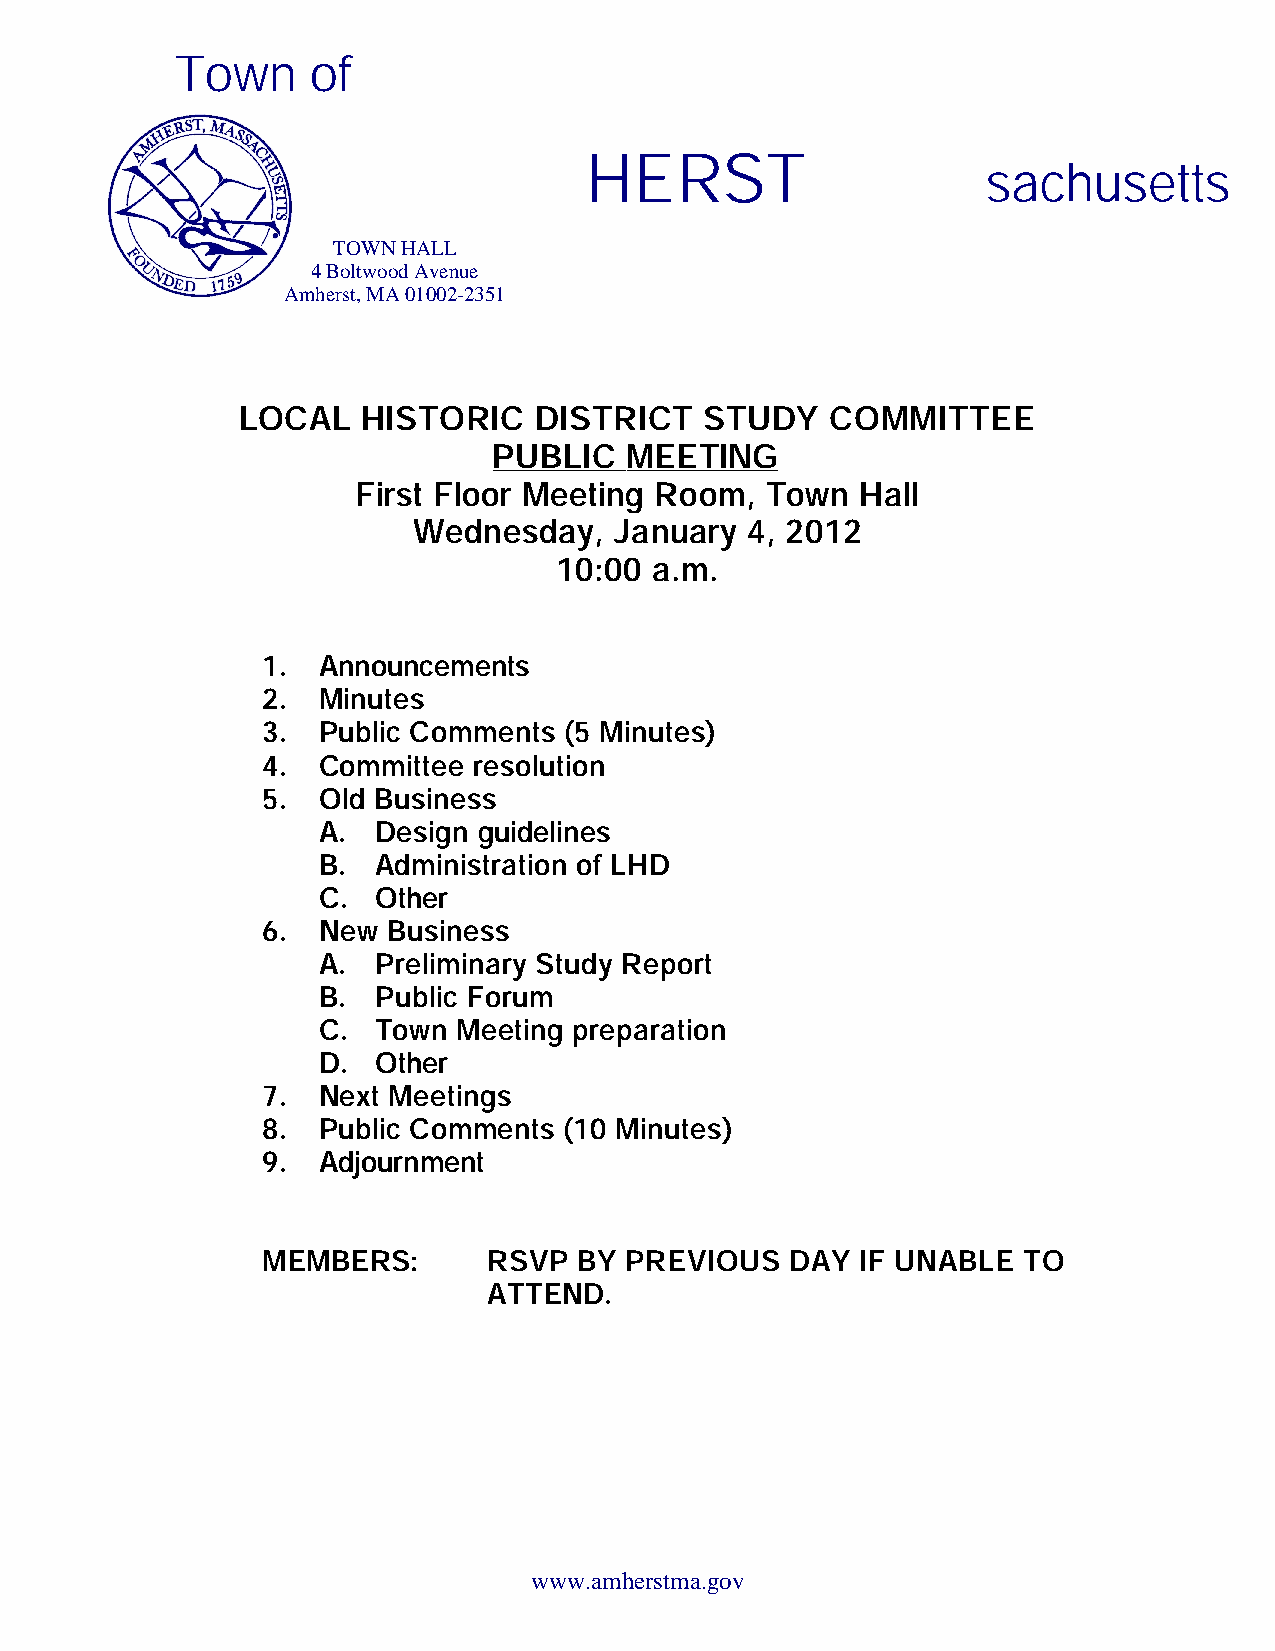
Town     of
 HERST
 sachusetts
 TOWN HALL
 4 Boltwood Avenue
 Amherst, MA 01002-2351
 LOCAL   HISTORIC   DISTRICT    STUDY   COMMITTEE
 PUBLIC  MEETING
 First Floor Meeting Room,  Town  Hall
 Wednesday,    January 4, 2012
 10:00 a.m.
 1.  Announcements
 2.  Minutes
 3.  Public Comments (5 Minutes)
 4.  Committee resolution
 5.  Old Business
 A.  Design guidelines
 B.  Administration of LHD
 C.  Other
 6.  New  Business
 A.  Preliminary Study Report
 B.  Public Forum
 C.  Town Meeting preparation
 D.  Other
 7.  Next Meetings
 8.  Public Comments (10 Minutes)
 9.  Adjournment
 MEMBERS:       RSVP  BY PREVIOUS   DAY  IF UNABLE  TO
 ATTEND.
 www.amherstma.gov
 www.amherstma.gov
 www.amherstma.gov
 www.amherstma.gov